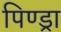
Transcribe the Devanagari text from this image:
पिण्‍ड्रा